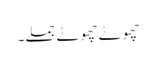
چھوٹے چھوٹے جملے۔